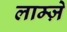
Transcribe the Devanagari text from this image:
लाम्ज़े